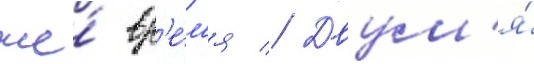
же́ вр'е́м'я // Двум'я́